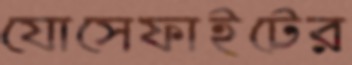
যোসেফাইটের